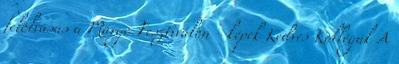
felolvasás a Margó Fesztiválon - képek Kedves Kollégák A